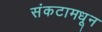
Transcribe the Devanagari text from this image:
संकटामधून